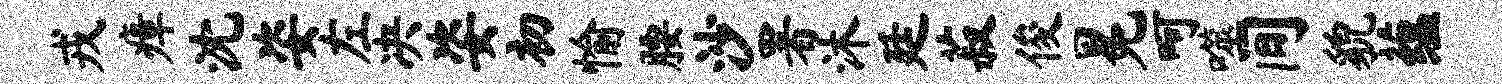
戎瘴沈姿左决姿初愉腰沙署沐廷菽俊冕呵噬间貌蕴